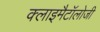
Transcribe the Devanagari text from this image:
क्लाइमैटॉलोजी